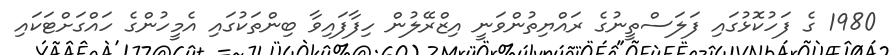
1980 ގެ ފަހުކޮޅުގައި ފަލަސްތީނުގެ ރައްޔިތުންވަނީ އިޒްރޭލުން ހިފާފައިވާ ބިންތަކުގައި އެމީހުންގެ ހައްގަށްޓަކައި